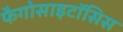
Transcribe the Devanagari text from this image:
फैगोसाइटॉसिस